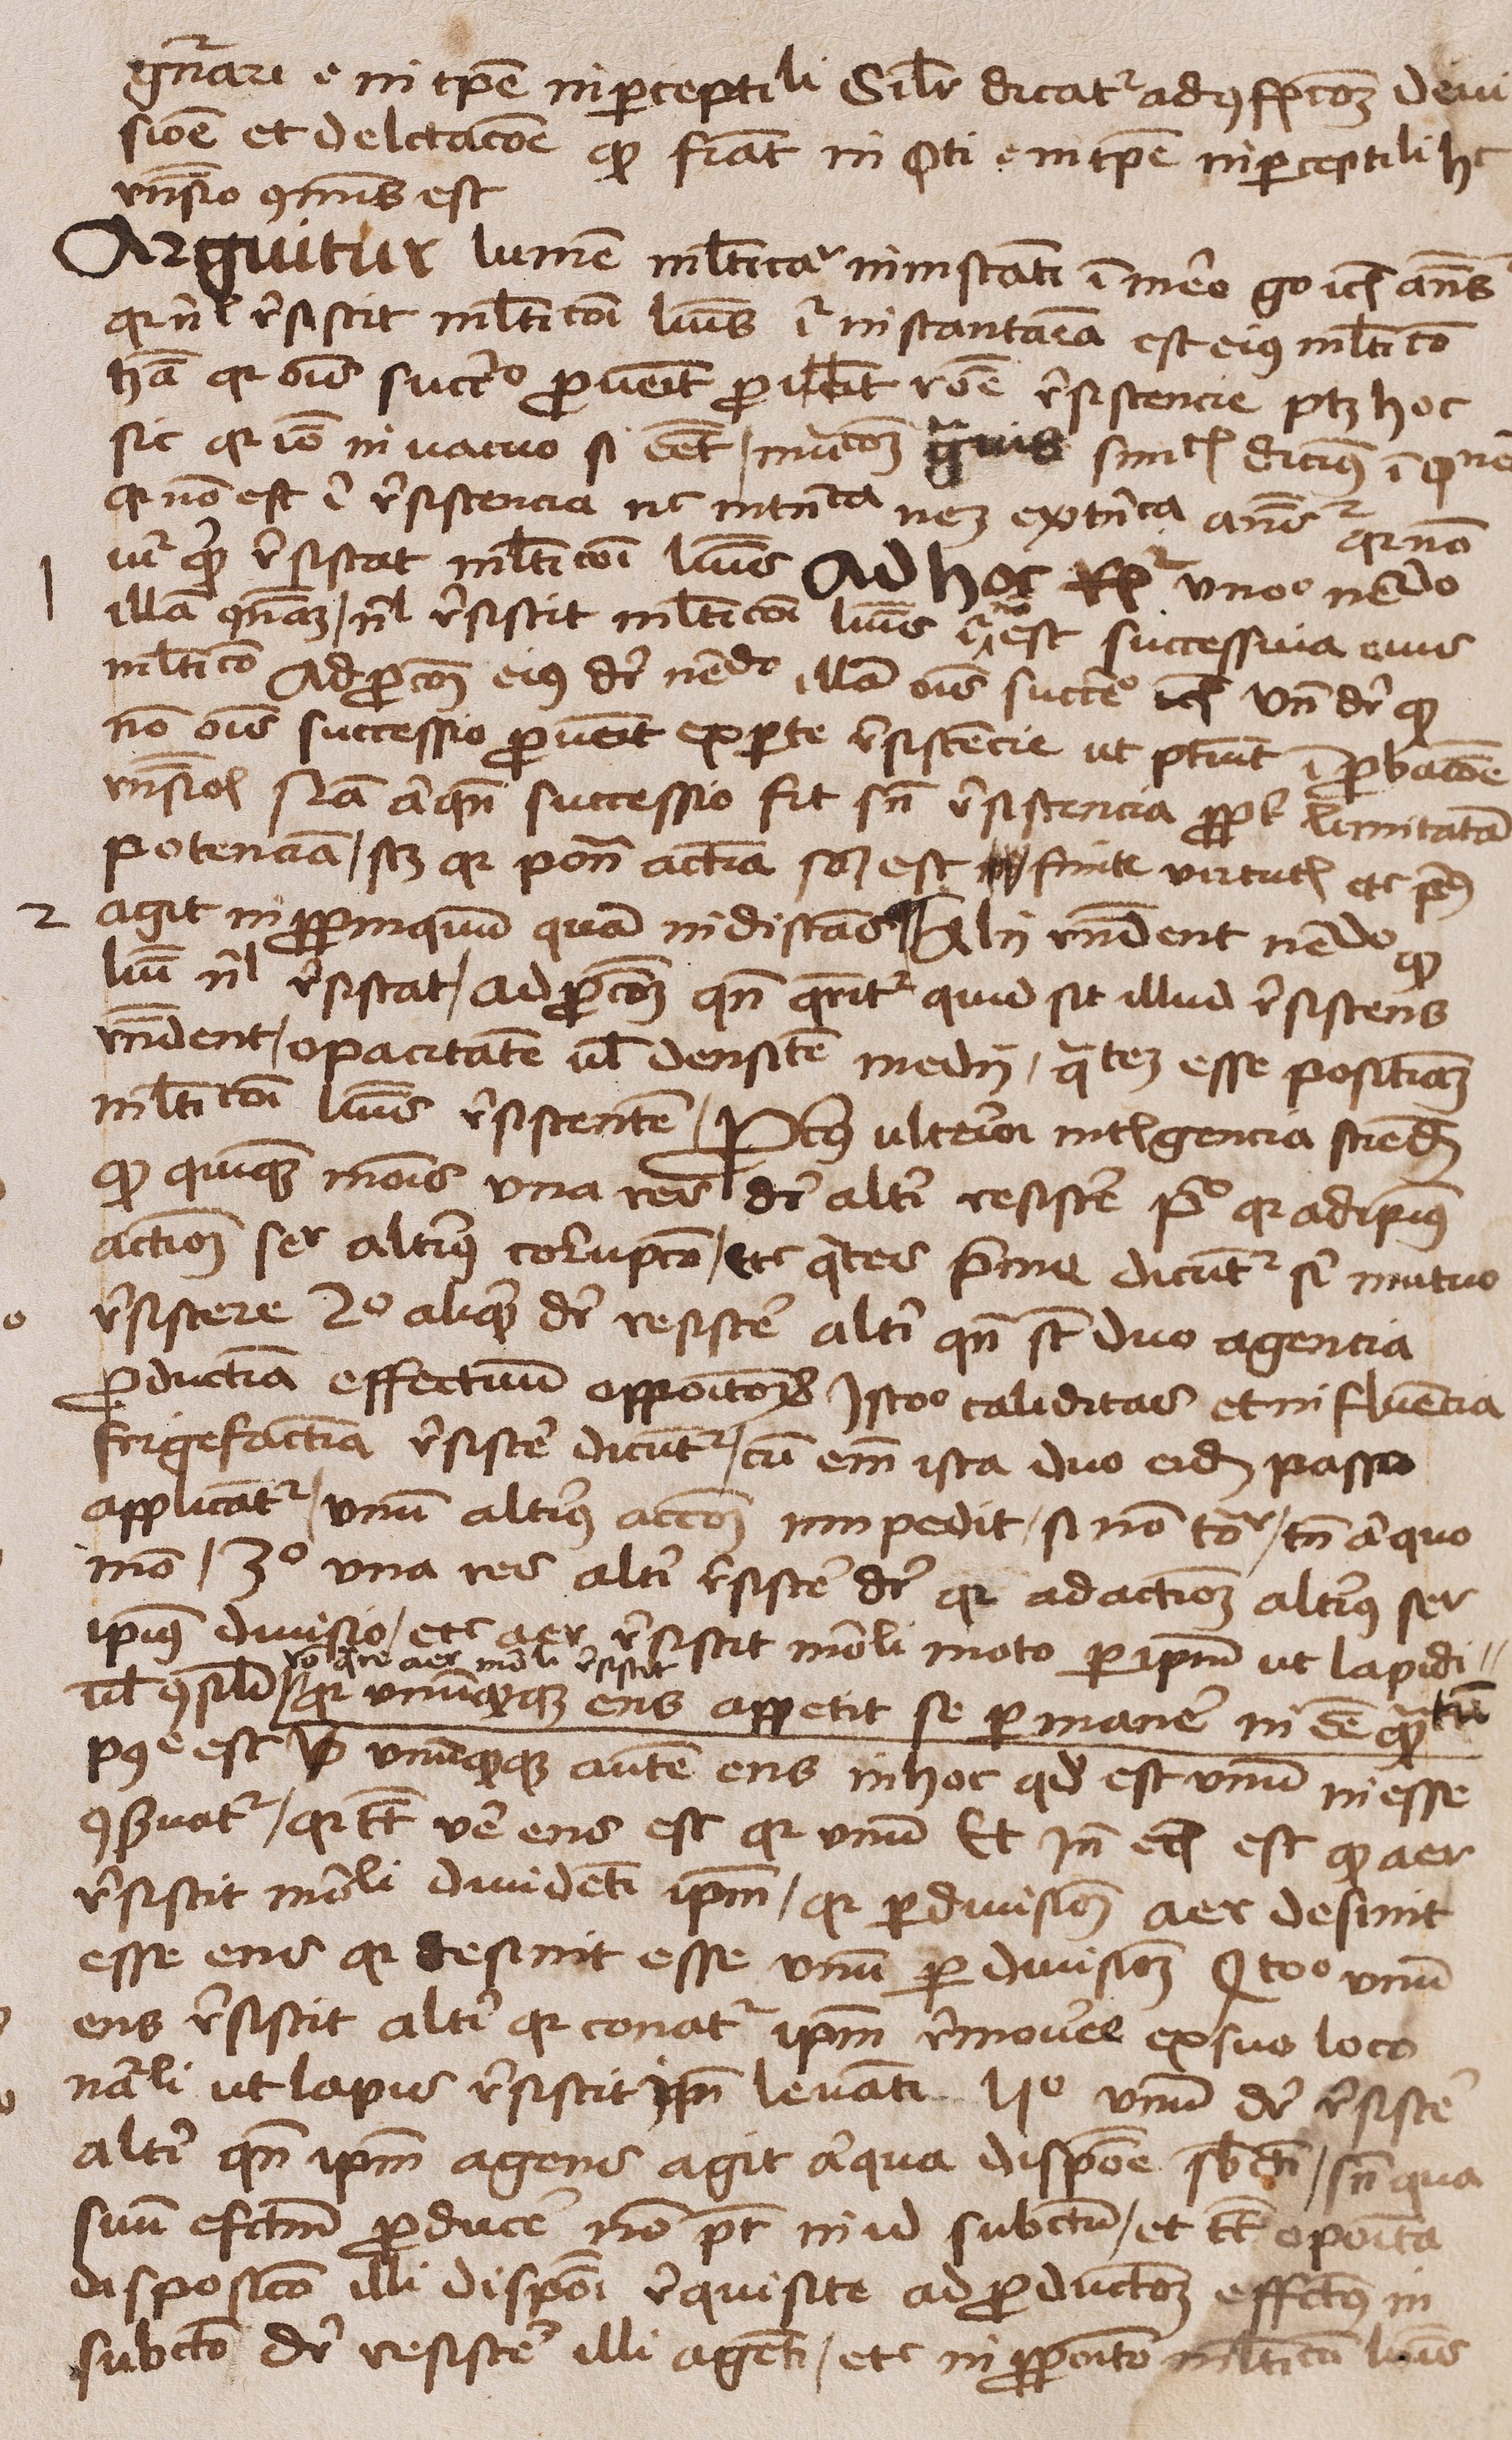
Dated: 1450–1474